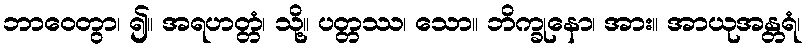
ဘာဝေတွာ၊ ၍။ အရဟတ္တံ၊ သို့။ ပတ္တဿ၊ သော။ ဘိက္ခုနော၊ အား။ အာယုအန္တရံ၊